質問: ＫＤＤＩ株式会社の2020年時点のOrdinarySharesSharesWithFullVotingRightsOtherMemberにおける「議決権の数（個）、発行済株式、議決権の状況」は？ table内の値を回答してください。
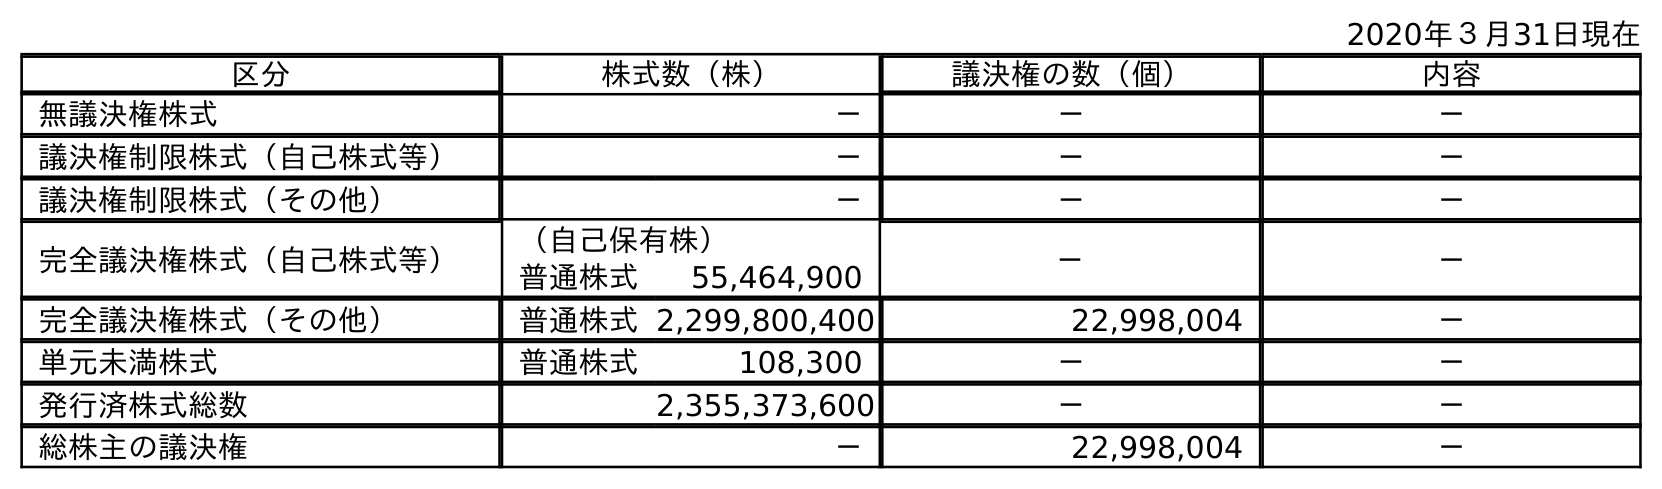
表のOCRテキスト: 2020年３月31日現在 区分 株式数（株） 議決権の数（個） 内容 無議決権株式 － － － 議決権制限株式（自己株式等） － － － 議決権制限株式（その他） － － － 完全議決権株式（自己株式等） （自己保有株） － － 普通株式 55,464,900 完全議決権株式（その他） 普通株式2,299,800,400 22,998,004 － 単元未満株式 普通株式 108,300 － － 発行済株式総数 2,355,373,600 － － 総株主の議決権 － 22,998,004 －
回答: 22,998,004